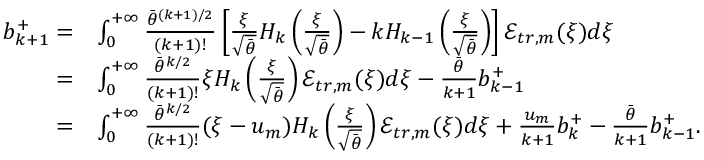
\begin{array} { r l } { b _ { k + 1 } ^ { + } = } & { \int _ { 0 } ^ { + \infty } \frac { \bar { \theta } ^ { ( k + 1 ) / 2 } } { ( k + 1 ) ! } \left[ \frac { \xi } { \sqrt { \bar { \theta } } } H _ { k } \left( \frac { \xi } { \sqrt { \bar { \theta } } } \right) - k H _ { k - 1 } \left( \frac { \xi } { \sqrt { \bar { \theta } } } \right) \right] \mathcal { E } _ { t r , m } ( \xi ) d \xi } \\ { = } & { \int _ { 0 } ^ { + \infty } \frac { \bar { \theta } ^ { k / 2 } } { ( k + 1 ) ! } \xi H _ { k } \left( \frac { \xi } { \sqrt { \bar { \theta } } } \right) \mathcal { E } _ { t r , m } ( \xi ) d \xi - \frac { \bar { \theta } } { k + 1 } b _ { k - 1 } ^ { + } } \\ { = } & { \int _ { 0 } ^ { + \infty } \frac { \bar { \theta } ^ { k / 2 } } { ( k + 1 ) ! } ( \xi - u _ { m } ) H _ { k } \left( \frac { \xi } { \sqrt { \bar { \theta } } } \right) \mathcal { E } _ { t r , m } ( \xi ) d \xi + \frac { u _ { m } } { k + 1 } b _ { k } ^ { + } - \frac { \bar { \theta } } { k + 1 } b _ { k - 1 } ^ { + } . } \end{array}